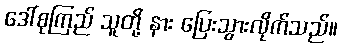
ဒေါ်စုကြည် သူတို့ နား ပြေးသွားလိုက်သည်။